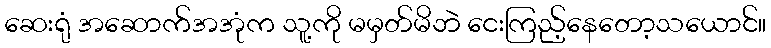
ဆေးရုံ အဆောက်အအုံက သူ့ကို မမှတ်မိဘဲ ငေးကြည့်နေတော့သယောင်။